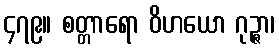
၄၇၉။ စတ္တာရော ဝိဟယော ဂုဉ္ဇာ၊